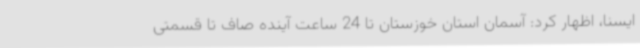
ایسنا، اظهار کرد: آسمان استان خوزستان تا 24 ساعت آینده صاف تا قسمتی